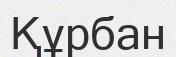
Құрбан